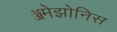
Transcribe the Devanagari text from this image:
ॲमेझोनिस